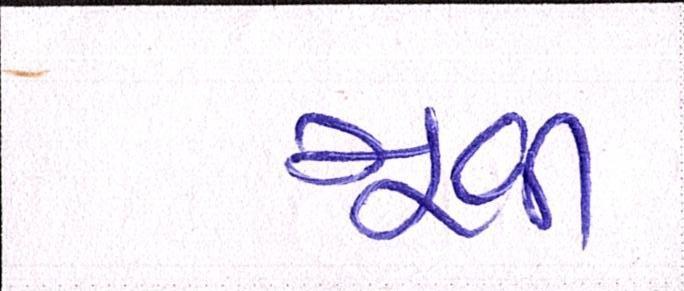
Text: મૂવી